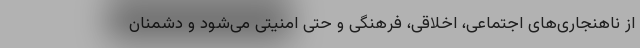
از ناهنجاری‌های اجتماعی، اخلاقی، فرهنگی و حتی امنیتی می‌شود و دشمنان